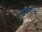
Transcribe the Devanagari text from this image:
अुपग्रहाचे